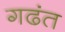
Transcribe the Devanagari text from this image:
गढंत